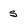
Character: s